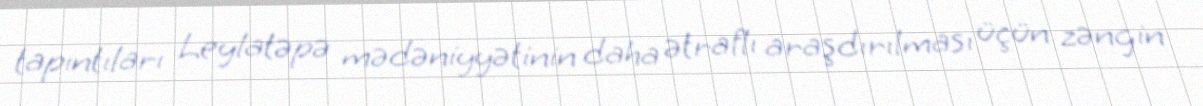
tapıntıları Leylatəpə mədəniyyətinin daha ətraflı araşdırılması üçün zəngin